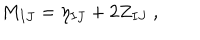
M _ { I J } = \eta _ { I J } + 2 Z _ { I J } \ ,